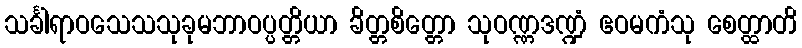
သင်္ခါရာဝသေသသုခုမဘာဝပ္ပတ္တိယာ ခိတ္တစိတ္တော သုဝဏ္ဏဒဏ္ဍံ ဧဝမကံသု စေတ္ထာတိ